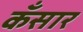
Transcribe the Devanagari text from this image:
कँसार